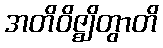
အတိဝိဇ္ဈိတွာတိ